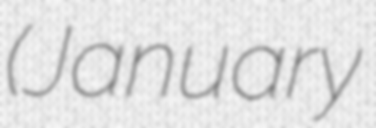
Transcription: (January